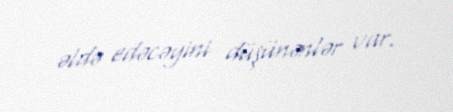
əldə edəcəyini düşünənlər var.